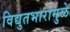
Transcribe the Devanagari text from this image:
विद्युतभारामुळे